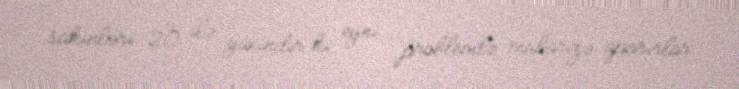
sakinləri 20 ilə yaxındır ki, eyni problemlə mübarizə aparırlar.